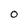
Character: 0